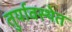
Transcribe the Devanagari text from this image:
तुर्यावस्थेत